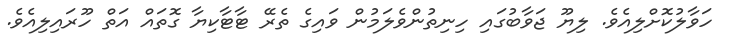
ހަވާލުކޮށްލިއެވެ. ލިޔޫ ޖަވާބުގައި ހިނިތުންވެލަމުން ވައިގެ ތެރޭ ޓާޓާކިޔާ ގޮތައް އަތް ހޫރައިލިއެވެ.